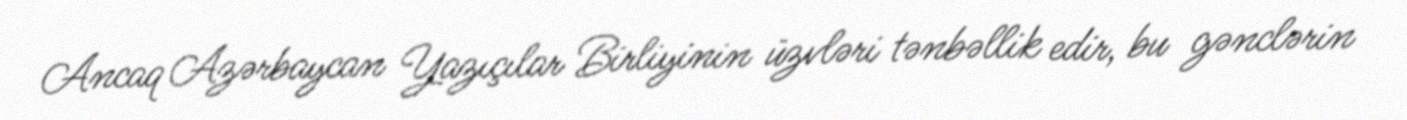
Ancaq Azərbaycan Yazıçılar Birliyinin üzvləri tənbəllik edir, bu gənclərin